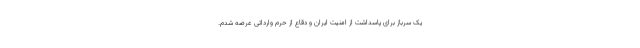
یک سرباز برای پاسداشت از امنیت ایران و دقاع از حرم وارداتی عرصه شدم.